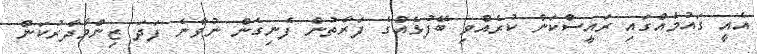
އެއީ ގައުމެއްގައި ރައީސްކަން ކުރެއްވި ބޭފުޅެއްގެ ފަރާތުން ފެނިގެން ނުވާނެ ފަދަ ޒިންމާދާރުކަން